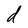
Character: d